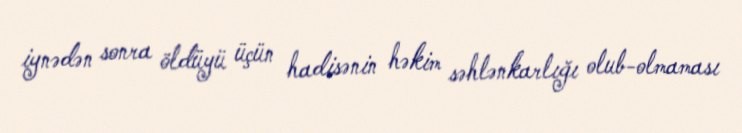
iynədən sonra öldüyü üçün hadisənin həkim səhlənkarlığı olub-olmaması